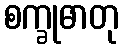
စက္ခုဓာတု